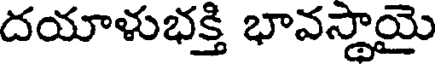
దయాళుభక్తి భావస్తాయై